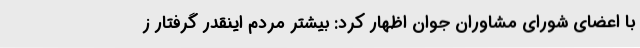
با اعضای شورای مشاوران جوان اظهار کرد: بیشتر مردم اینقدر گرفتار ز